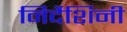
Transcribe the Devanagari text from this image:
निर्देशिनी